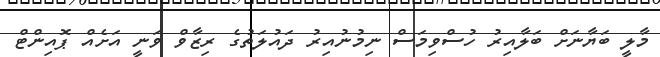
މާލީ ބަޔާނަށް ބަލާއިރު ހުސްވިމަސް ނިމުނުއިރު ދައުލަތުގެ ރިޒާވް ވަނީ އަށެއް ޕޮއިންޓް